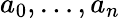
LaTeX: a_{0},\ldots,a_{n}